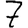
Digit: 7